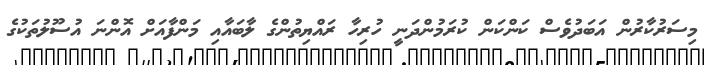
މިސަރުކާރުން އަބަދުވެސް ކަންކަން ކުރަމުންދަނީ ހުރިހާ ރައްޔިތުންގެ ލާބައާއި މަންފާއަށް އޮންނަ އުސޫލުތަކުގެ